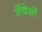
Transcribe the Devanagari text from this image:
सेंदेशों